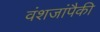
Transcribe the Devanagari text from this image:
वंशजांपैकी